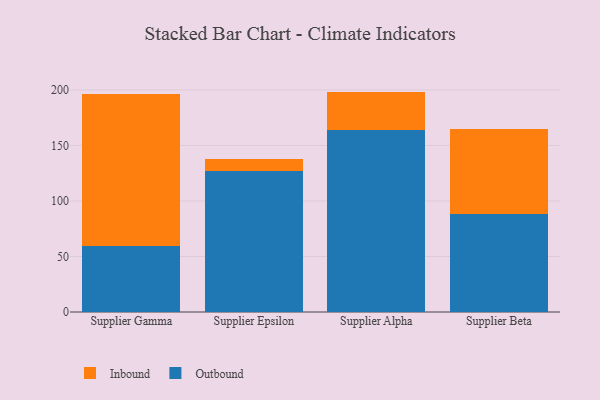
{"axis": {"x": "Supplier", "y": "Backlog"}, "legend": ["Inbound", "Outbound"], "data": [{"x": "Supplier Gamma", "y": 59.3, "type": "Outbound"}, {"x": "Supplier Gamma", "y": 136.6, "type": "Inbound"}, {"x": "Supplier Epsilon", "y": 127.1, "type": "Outbound"}, {"x": "Supplier Epsilon", "y": 10.7, "type": "Inbound"}, {"x": "Supplier Alpha", "y": 163.5, "type": "Outbound"}, {"x": "Supplier Alpha", "y": 35.0, "type": "Inbound"}, {"x": "Supplier Beta", "y": 88.7, "type": "Outbound"}, {"x": "Supplier Beta", "y": 76.2, "type": "Inbound"}]}